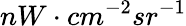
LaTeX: nW\cdot cm^{-2}sr^{-1}